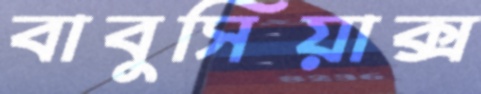
বাবুসিয়াক্স